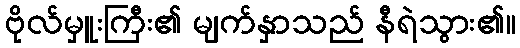
ဗိုလ်မှူးကြီး၏ မျက်နှာသည် နီရဲသွား၏။